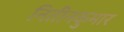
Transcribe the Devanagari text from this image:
नितीनकुमार